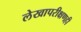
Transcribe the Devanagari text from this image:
लेखापरीक्षणही